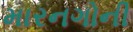
મારનગોની